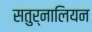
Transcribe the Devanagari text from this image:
सतुर्नालियन